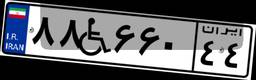
۸۸W۶۶۰۴۴